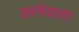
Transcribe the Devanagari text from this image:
डरनेवाला